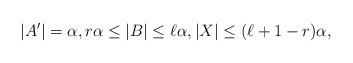
\begin{align*}|A'| = \alpha,r\alpha\leq |B|\leq \ell\alpha, |X|\leq (\ell+1-r) \alpha,\end{align*}